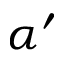
\alpha ^ { \prime }